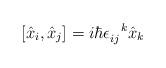
LaTeX: \begin{align*} [\hat{x}_i, \hat{x}_j] = i\hbar \epsilon_{ij}^{\ \ k} \hat{x}_k\end{align*}